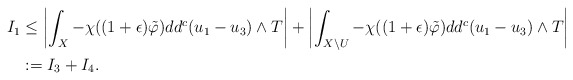
\begin{align*}I_1&\leq \left|\int_X-\chi((1+\epsilon)\tilde{\varphi})dd^c(u_1-u_3)\wedge T\right|+ \left|\int_{X\setminus U}-\chi((1+\epsilon)\tilde{\varphi})dd^c(u_1-u_3)\wedge T\right|\\&:=I_3+I_4.\end{align*}